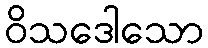
ဝိသဒေါသော